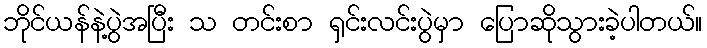
ဘိုင်ယန်နဲ့ပွဲအပြီး သ တင်းစာ ရှင်းလင်းပွဲမှာ ပြောဆိုသွားခဲ့ပါတယ်။